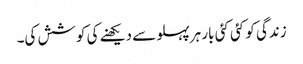
زندگی کو کئی کئی بار ہرپہلو سے دیکھنے کی کوشش کی۔